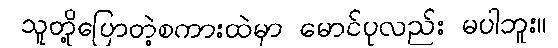
သူတို့ပြောတဲ့စကားထဲမှာ မောင်ပုလည်း မပါဘူး။